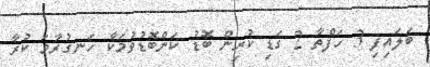
ބަލައިފި 3 ހަފްތާ 2 ގަޑި ކުރިން ބޮޑު ކަންބޮޑުވުމަކާ ހަނގުރާމަ ކުރާ